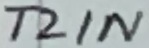
Text: T2IN